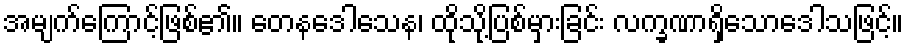
အမျက်ကြောင့်ဖြစ်၏။ တေနဒေါသေန၊ ထိုသို့ပြစ်မှားခြင်း လက္ခဏာရှိသောဒေါသဖြင့်။